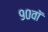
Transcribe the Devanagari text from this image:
९०वॉ